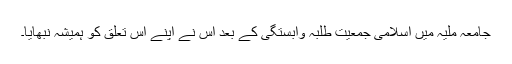
جامعہ ملیہ میں اسلامی جمعیت طلبہ وابستگی کے بعد اس نے اپنے اس تعلق کو ہمیشہ نبھایا۔